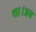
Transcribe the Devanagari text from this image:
था।अब